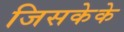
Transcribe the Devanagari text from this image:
जिसकेके